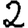
Digit: 2